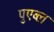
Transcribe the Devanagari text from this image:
पुएब्ल